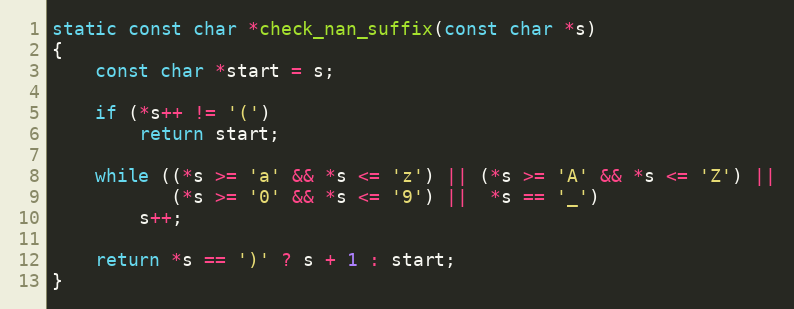
Language: C
static const char *check_nan_suffix(const char *s)
{
    const char *start = s;

    if (*s++ != '(')
        return start;

    while ((*s >= 'a' && *s <= 'z') || (*s >= 'A' && *s <= 'Z') ||
           (*s >= '0' && *s <= '9') ||  *s == '_')
        s++;

    return *s == ')' ? s + 1 : start;
}